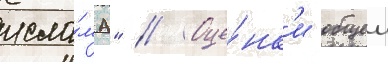
исла́ма" // Оце́нк'и общеи